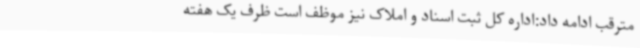
مترقب ادامه داد:اداره کل ثبت اسناد و املاک نیز موظف است ظرف یک هفته